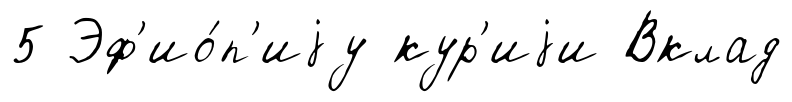
5 Эф'ио́п'иjу кур'иjи Вклад